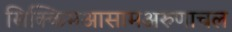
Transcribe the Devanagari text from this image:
सिक्किमआसामअरुणाचल